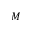
M